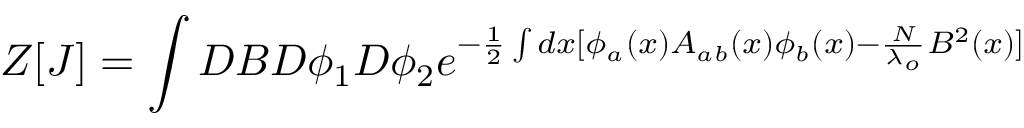
Z [ J ] = \int { \cal D } B { \cal D } \phi _ { 1 } { \cal D } \phi _ { 2 } e ^ { - \frac { 1 } { 2 } \int d x [ \phi _ { a } ( x ) A _ { a b } ( x ) \phi _ { b } ( x ) - \frac { N } { \lambda _ { o } } B ^ { 2 } ( x ) ] }